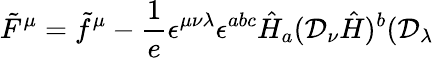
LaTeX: \tilde{F}^{\mu}=\tilde{f}^{\mu}-\frac{1}{e}\epsilon^{\mu\nu\lambda}\epsilon^{abc}\hat{H}_{a}({\cal D}_{\nu}\hat{H})^{b}({\cal D}_{\lambda}